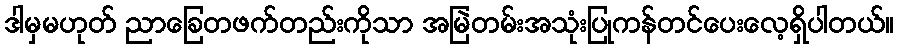
ဒါမှမဟုတ် ညာခြေတဖက်တည်းကိုသာ အမြဲတမ်းအသုံးပြုကန်တင်ပေးလေ့ရှိပါတယ်။